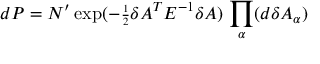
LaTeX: d P = { \cal N } ^ { \prime } \exp ( - { \scriptstyle { \frac { 1 } { 2 } } } \delta A ^ { T } E ^ { - 1 } \delta A ) \, \prod _ { \alpha } ( d \delta A _ { \alpha } )